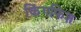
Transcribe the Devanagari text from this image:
किंगफिश